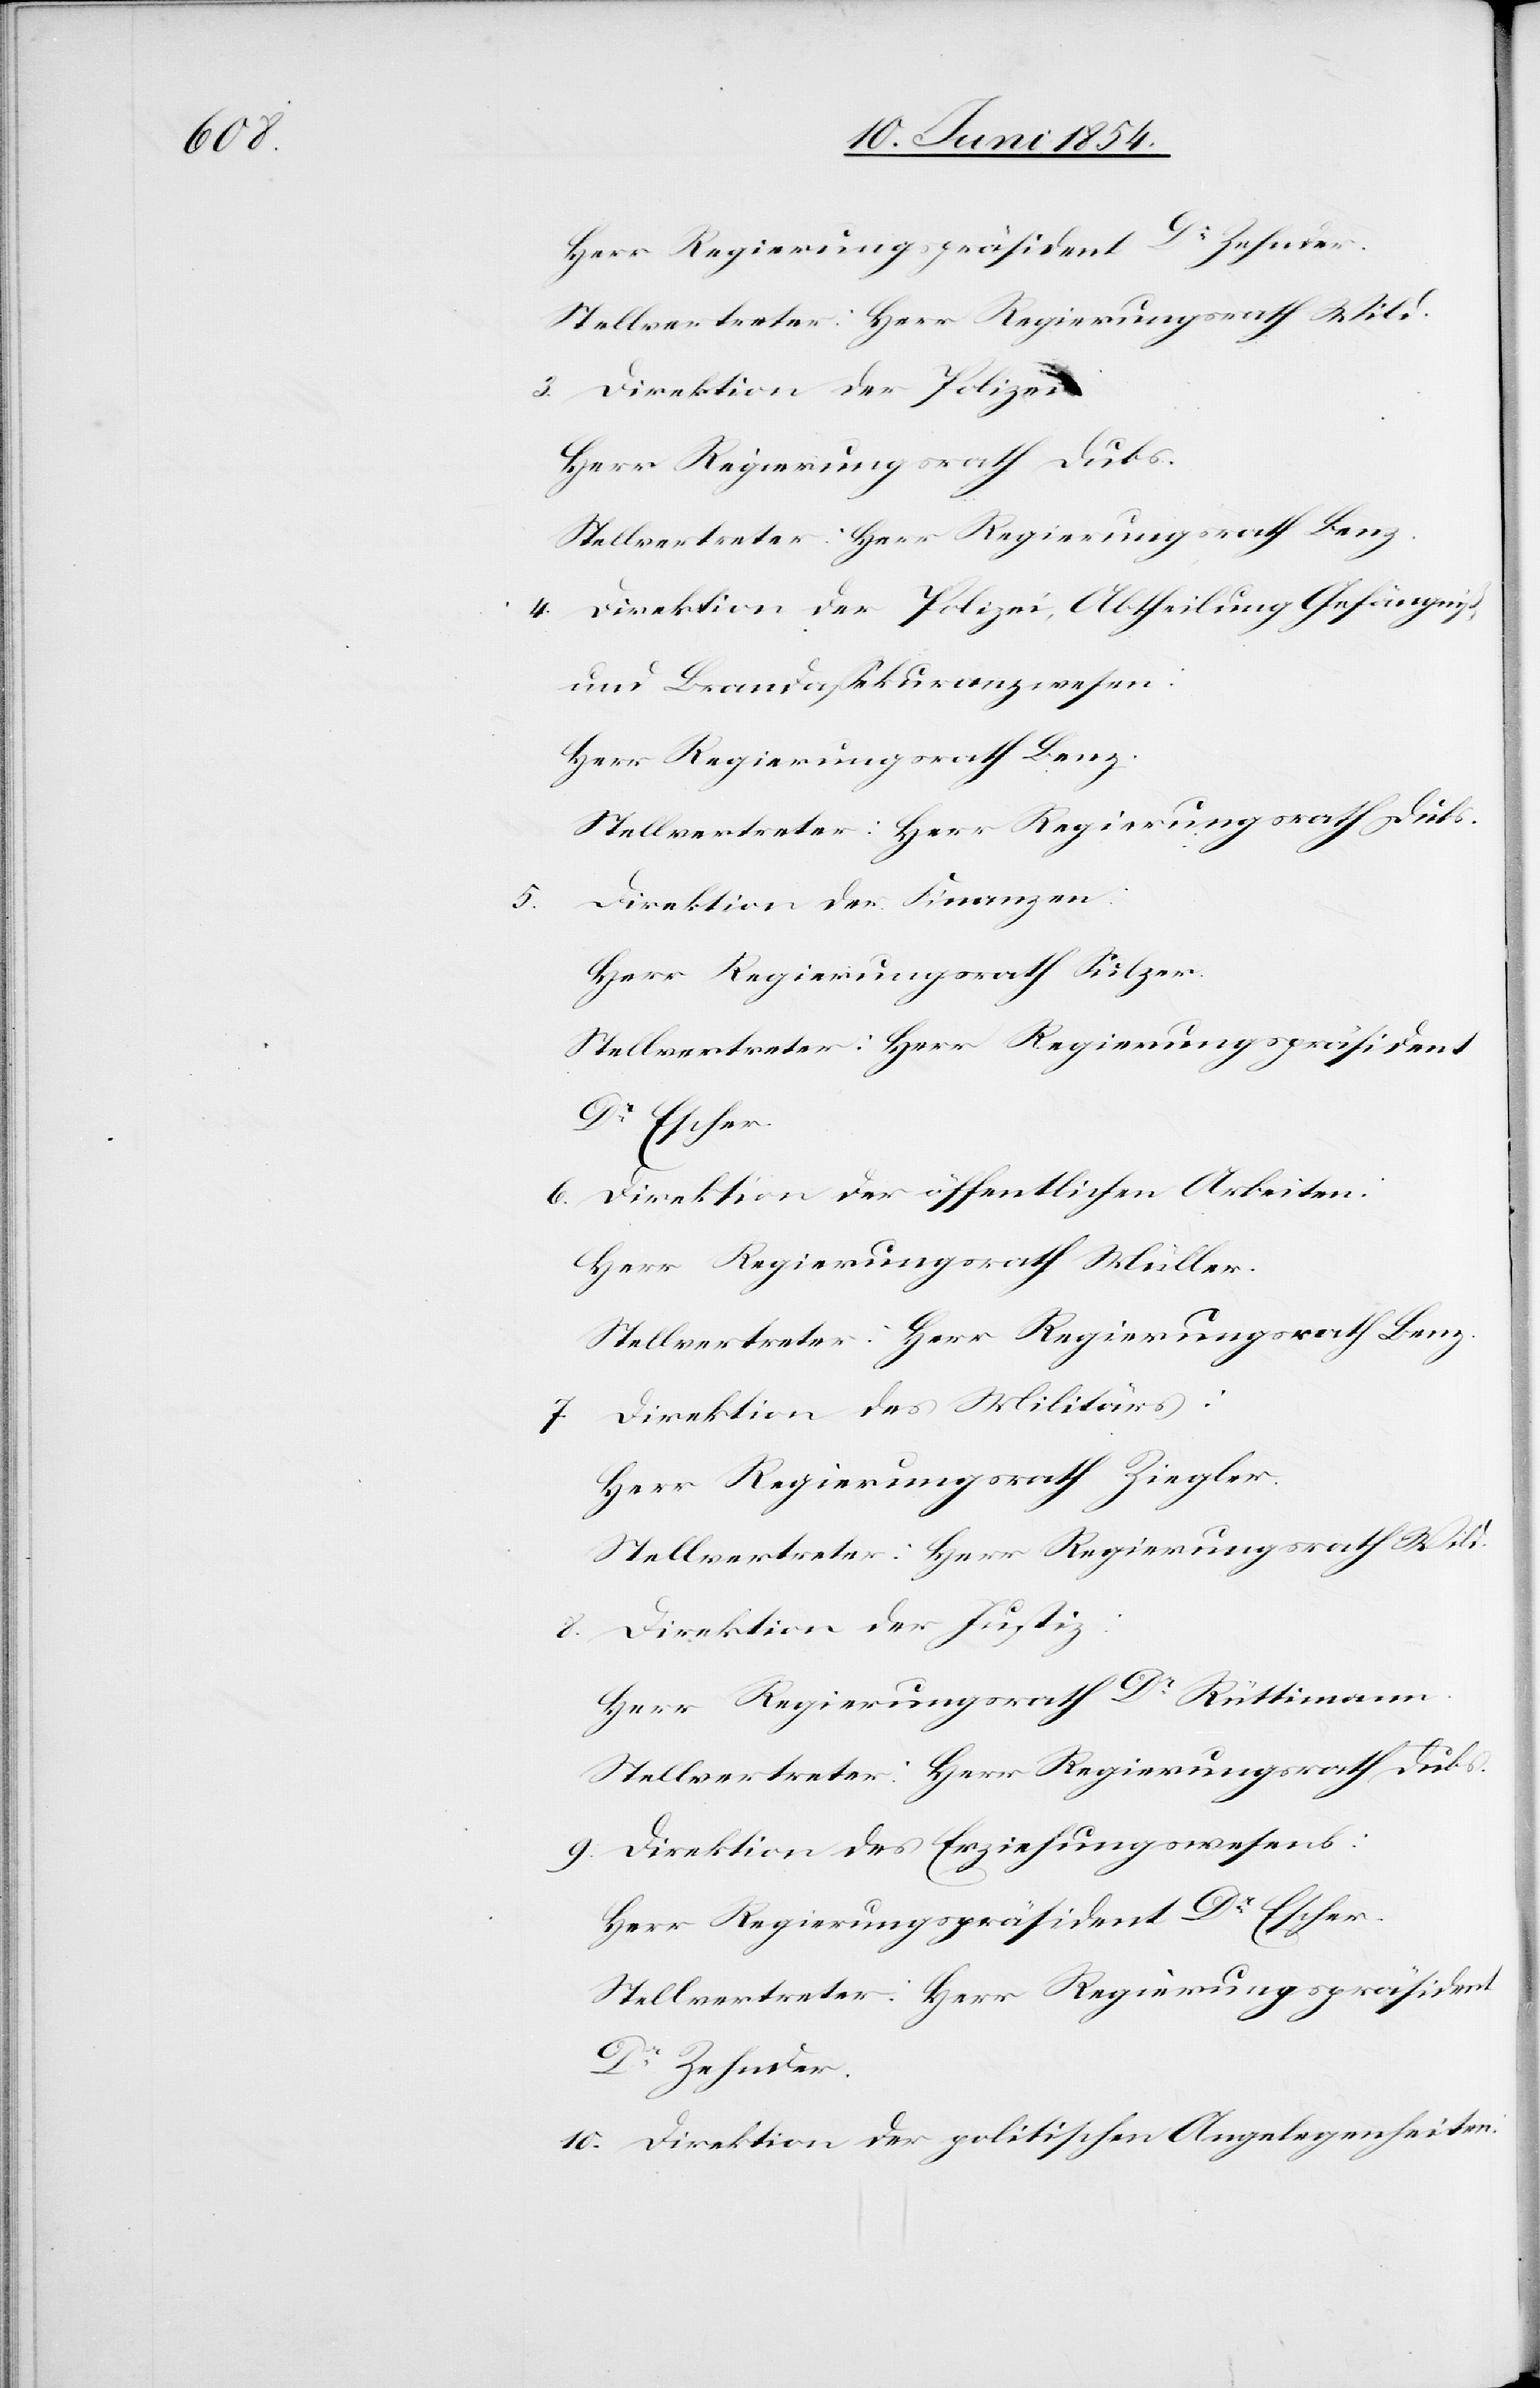
Herr Regierungspräsident Dr Zehnder.
Stellvertreter: Herr Regierungsrath Wild.
3. Direktion der Polizei:
Herr Regierungsrath Dubs.
Stellvertreter: Herr Regierungsrath Benz.
4. Direktion der Polizei, Abtheilung Gefängniß-
und Brandaßekuranzwesen:
Herr Regierungsrath Benz.
Stellvertreter: Herr Regierungsrath Dubs.
5. Direktion der Finanzen.
Herr Regierungsrath Sulzer.
Stellvertreter: Herr Regierungspräsident
Dr Escher.
6. Direktion der öffentlichen Arbeiten:
Herr Regierungsrath Müller.
Stellvertreter: Herr Regierungsrath Benz.
7. Direktion des Militärs:
Herr Regierungsrath Ziegler.
8. Direktion der Justiz:
Herr Regierungsrath Dr Rüttimann.
Stellvertreter: Herr Regierungsrath Dubs.
9. Direktion des Erziehungswesens:
Herr Regierungspräsident Dr Escher.
Stellvertreter: Herr Regierungspräsident
Dr Zehnder.
10. Direktion der politischen Angelegenheiten: